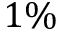
1 \%